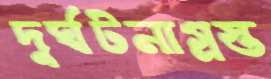
দুর্ঘটনাগ্রস্ত